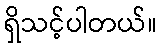
ရှိသင့်ပါတယ်။